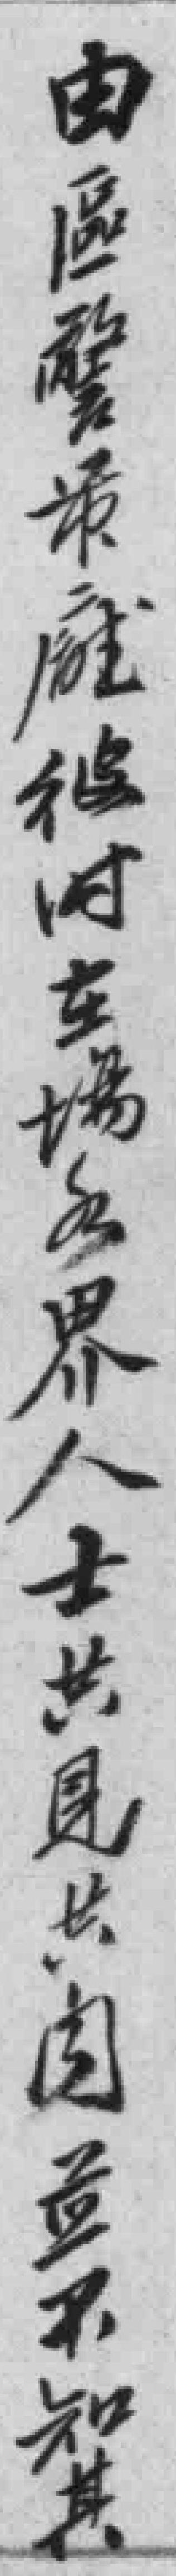
由區警*廳彼时在場各界人士共見共闻盖不知其